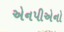
એનપીએનો